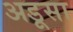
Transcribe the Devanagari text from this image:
अडूसा